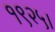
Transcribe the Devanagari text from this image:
१९२५।